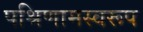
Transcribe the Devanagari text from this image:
पश्रिणामस्वरूप